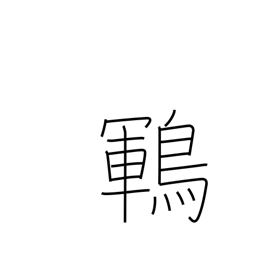
Meaning: type of black songbird